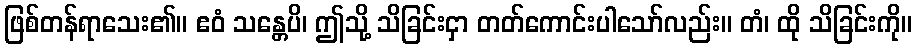
ဖြစ်တန်ရာသေး၏။ ဧဝံ သန္တေပိ၊ ဤသို့ သိခြင်းငှာ တတ်ကောင်းပါသော်လည်း။ တံ၊ ထို သိခြင်းကို။